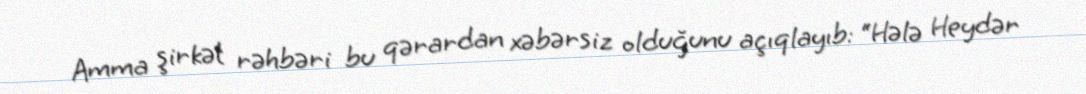
Amma şirkət rəhbəri bu qərardan xəbərsiz olduğunu açıqlayıb: “Hələ Heydər